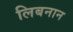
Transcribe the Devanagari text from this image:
लिबनान